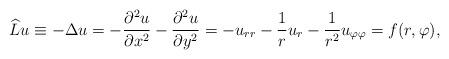
LaTeX: \begin{align*} \widehat{L}u \equiv -\Delta u=-\frac{\partial^2 u}{\partial{x^2}}-\frac{\partial^2 u}{\partial{y^2}}=-u_{rr}-\frac{1}{r}u_r-\frac{1}{r^2}u_{\varphi\varphi}=f(r, \varphi), \end{align*}